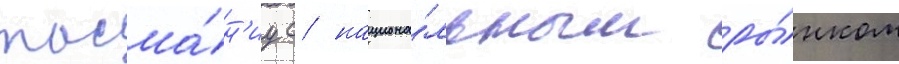
тасма́н'иу с национа́льным ры́нком